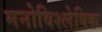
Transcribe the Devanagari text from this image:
मनोविश्लेषिक